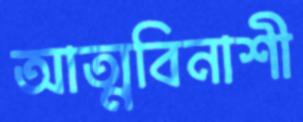
আত্মবিনাশী